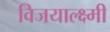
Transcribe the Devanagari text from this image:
विजयाल्क्ष्मी